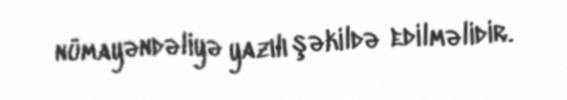
nümayəndəliyə yazılı şəkildə edilməlidir.